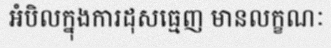
អំបិលក្នុងការដុសធ្មេញ មានលក្ខណៈ